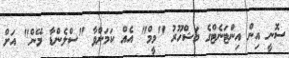
ސޮނީ އިން އިންޓަނެޓްގެ މަޝްހޫރު "މީމް" އެއް ކަމަށްވާ "ސްލެންޑާ މޭން" އަށް